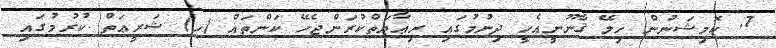
7. ކޮމިޝަނުން ހިލޭ ޤާނޫނީއެހީ ދިނުމުގައި ރިޢާޔަތްކުރަންޖެހޭ ކަންތައް (ހ) ޝަރީޢަތް ކުރުމުގައި